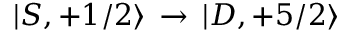
| S , + 1 / 2 \rangle \, \rightarrow \, | D , + 5 / 2 \rangle